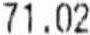
71.02